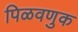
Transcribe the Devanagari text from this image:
पिळवणुक